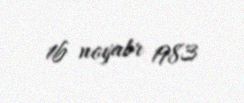
16 noyabr 1983